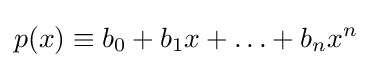
p(x)\equiv b_{0}+b_{1}x+\ldots +b_{n}x^{n}